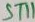
Text: ST11